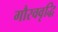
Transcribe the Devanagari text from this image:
गौरववृद्धि